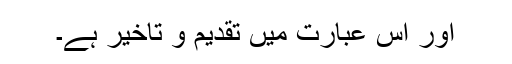
اور اس عبارت میں تقدیم و تاخیر ہے۔